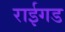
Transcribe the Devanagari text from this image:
राईगड